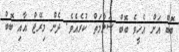
ބޮބް އަށް އެހީވެ ބޮބް ސަލާމަތް ކުރެއެވެ. ދެން މިރޭޖް އާއި ބޮބް